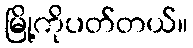
မြို့ကိုပတ်တယ်။